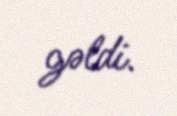
gəldi.